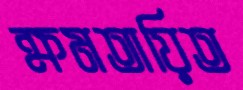
ক্ষমতায়িত